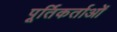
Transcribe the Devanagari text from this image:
पूर्तिकर्ताओं